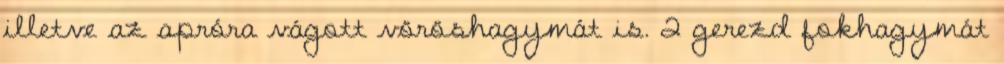
illetve az apróra vágott vöröshagymát is. 2 gerezd fokhagymát